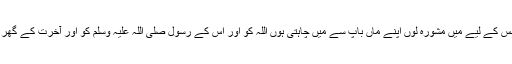
“ سیدہ عائشہ رضی اللہ عنہا فرماتی ہیں کہ میں نے عرض کی کہ اس میں کون سی بات ایسی ہے جس کے لیے میں مشورہ لوں اپنے ماں باپ سے میں چاہتی ہوں اللہ کو اور اس کے رسول صلی اللہ علیہ وسلم کو اور آخرت کے گھر کو، پھر رسول اللہ صلی اللہ علیہ وسلم کی تمام ازواج مطہرات نے ایسا ہی کیا جیسا میں نے کیا تھا۔